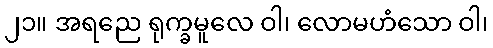
၂၁။ အရညေ ရုက္ခမူလေ ဝါ၊ လောမဟံသော ဝါ၊